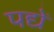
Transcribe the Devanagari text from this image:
पद्यें